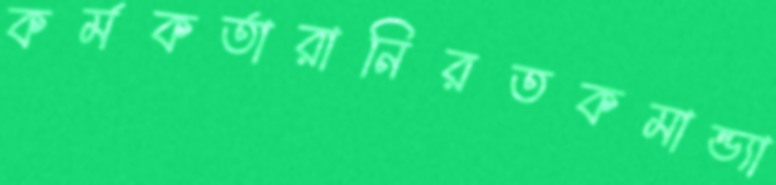
কর্মকর্তারানিরতকমান্ড্যা